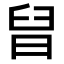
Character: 𣆫